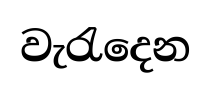
වැරැදෙන